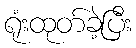
ရုံးထုတ်ခဲ့ပြီး